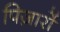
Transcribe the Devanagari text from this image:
पिज़ार्रो